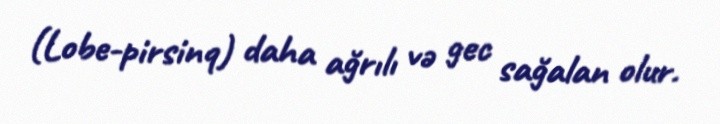
(Lobe-pirsinq) daha ağrılı və gec sağalan olur.